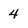
Character: 4